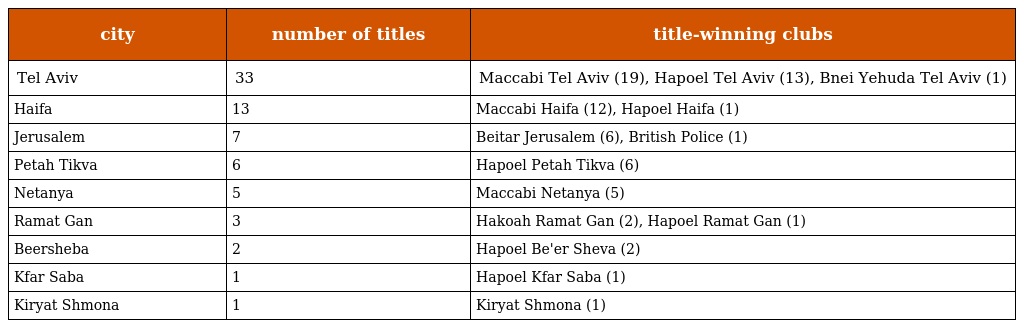
| city | number of titles | title-winning clubs |
 | --- | --- | --- |
 | Tel Aviv | 33 | Maccabi Tel Aviv (19), Hapoel Tel Aviv (13), Bnei Yehuda Tel Aviv (1) |
 | Haifa | 13 | Maccabi Haifa (12), Hapoel Haifa (1) |
 | Jerusalem | 7 | Beitar Jerusalem (6), British Police (1) |
 | Petah Tikva | 6 | Hapoel Petah Tikva (6) |
 | Netanya | 5 | Maccabi Netanya (5) |
 | Ramat Gan | 3 | Hakoah Ramat Gan (2), Hapoel Ramat Gan (1) |
 | Beersheba | 2 | Hapoel Be'er Sheva (2) |
 | Kfar Saba | 1 | Hapoel Kfar Saba (1) |
 | Kiryat Shmona | 1 | Kiryat Shmona (1) |